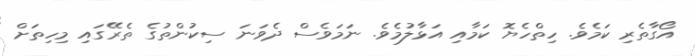
އޯގާތެރި ކަމެވެ. ހިތްހެޔޮ ކަމާއި އަޅާލުމެވެ. ނަމަވެސް ދެވަނަ ސިކުންތުގެ ތެރޭގައި މިހިތަށް